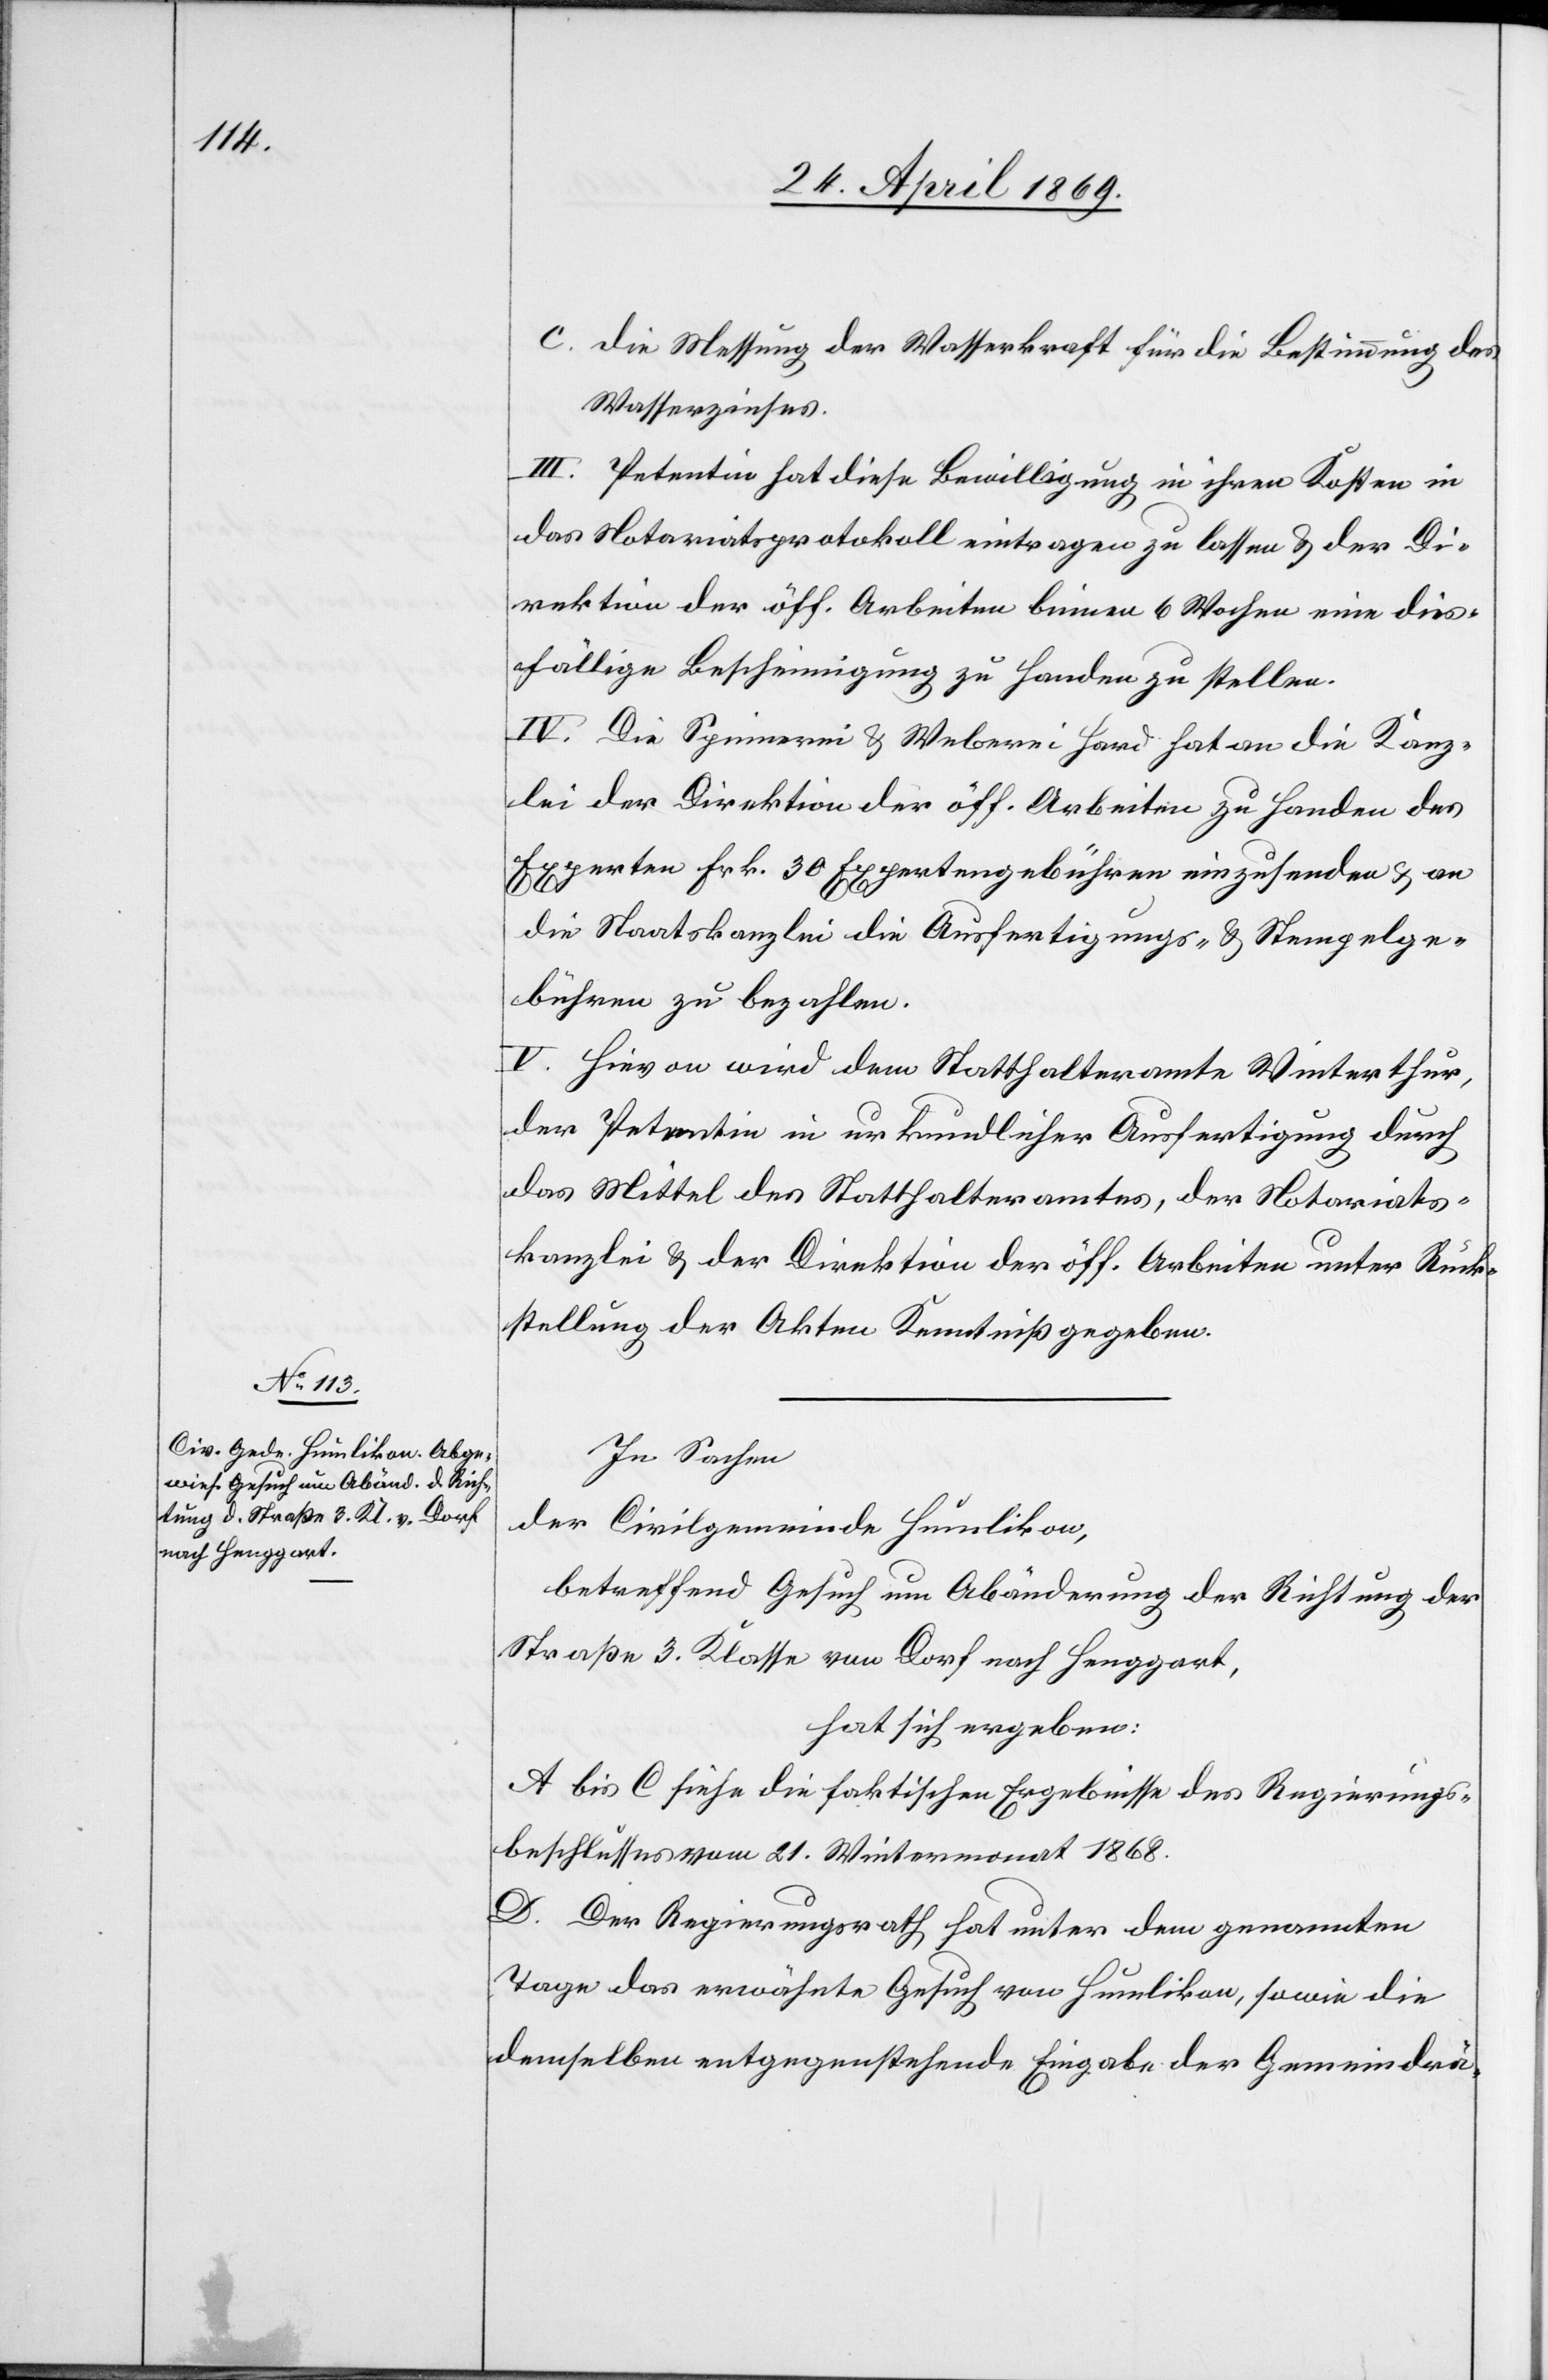
c. Die Messung der Wasserkraft für die Bestimmung des
Wasserzinses.
III. Petentin hat diese Bewilligung in ihren Kosten in
das Notariatsprotokoll eintragen zu lassen u. der Di¬
rektion der öff. Arbeiten binnen 6 Wochen eine dies¬
fällige Bescheinigung zu Handen zu stellen.
IV. Die Spinnerei u. Weberei Hard hat an die Kanz¬
lei der Direktion der öff. Arbeiten zu Handen des
Experten Frk. 30 Expertengebühren einzusenden u. an
die Staatskanzlei die Ausfertigungs- u. Stempelge¬
bühren zu bezahlen.
V. Hievon wird dem Statthalteramte Winterthur,
der Petentin in urkundlicher Ausfertigung durch
das Mittel des Statthalteramtes, der Notariats¬
kanzlei u. der Direktion der öff. Arbeiten unter Rück¬
stellung der Akten Kenntniß gegeben.
In Sachen
der Civilgemeinde Humlikon,
betreffend Gesuch um Abänderung der Richtung der
Straße 3 Klasse vom Dorf nach Henggart,
hat sich ergeben:
A bis C siehe die faktischen Ergebnisse des Regierungs¬
beschlusses vom 21. Wintermonat 1868.
D. Der Regierungsrath hat unter dem genannten
Tage das erwähnte Gesuch von Humlikon, sowie die
demselben entgegenstehende Eingabe der Gemeindrä-